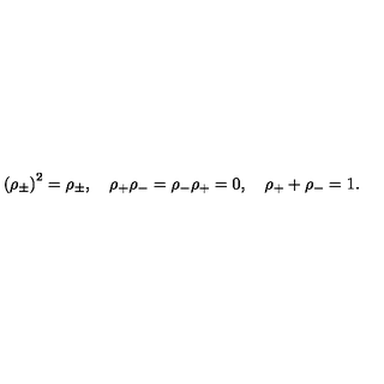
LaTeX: \left( \rho _ { \pm } \right) ^ { 2 } = \rho _ { \pm } , \quad \rho _ { + } \rho _ { - } = \rho _ { - } \rho _ { + } = 0 , \quad \rho _ { + } + \rho _ { - } = 1 .